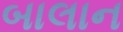
બાલાન